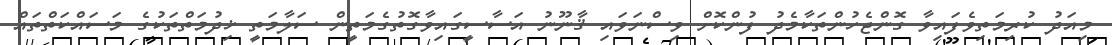
މިއަދު ކުރިމަތިވެފައިވާ ގޮންޖެހުންތަކާމެދު ފުންކޮށް ވިސްނަވައި ޤާނޫނު އަސާސީގައިވާގޮތުގެމަތީން ސަލާމަތީ ޚިދުމަތްތަކުގެ މަސައްކަތްތައް